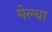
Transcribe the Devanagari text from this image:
मेल्‍या